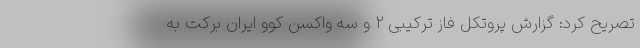
تصریح کرد: گزارش پروتکل فاز ترکیبی ۲ و سه واکسن کوو ایران برکت به